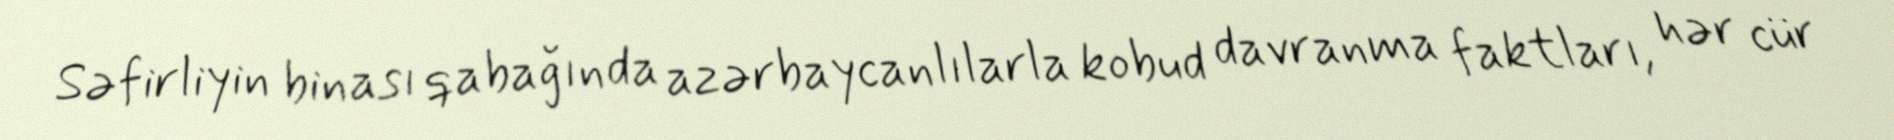
Səfirliyin binası qabağında azərbaycanlılarla kobud davranma faktları, hər cür